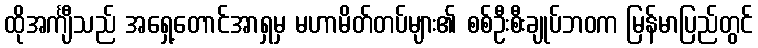
ထိုအင်္ကျီသည် အရှေ့တောင်အာရှမှ မဟာမိတ်တပ်များ၏ စစ်ဦးစီးချုပ်ဘဝက မြန်မာပြည်တွင်